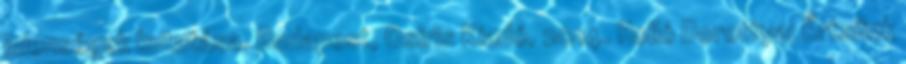
jelenségek kutatása. Budapest, Osiris Kiadó, 2014. Holló Dorottya: Értsünk